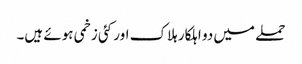
حملے میں دو اہلکار ہلاک اور کئی زخمی ہوئے ہیں۔